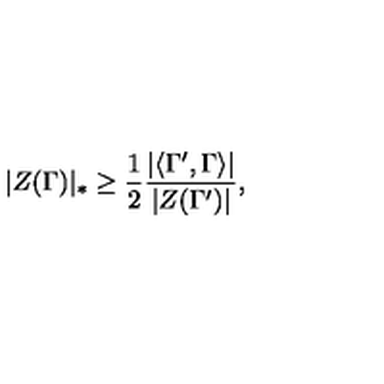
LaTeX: | Z ( \Gamma ) | _ { * } \geq \frac { 1 } { 2 } \frac { | \langle \Gamma ^ { \prime } , \Gamma \rangle | } { | Z ( \Gamma ^ { \prime } ) | } ,